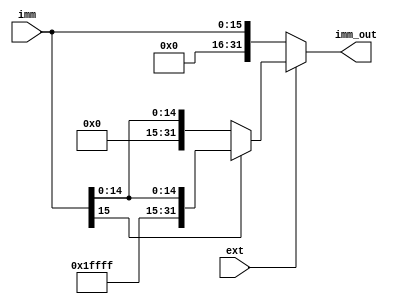
module extend(imm,ext,imm_out);
	input [15:0]imm;
	input ext;
	output [31:0]imm_out;
	//sign-extend when ext==1,else zero-extend
	assign imm_out=ext?imm[15]?{16'hffff,imm}:{16'h0000,imm}:
				   {16'h0000,imm};
endmodule